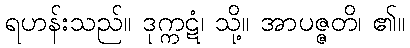
ရဟန်းသည်။ ဒုက္ကဋံ၊ သို့။ အာပဇ္ဇတိ၊ ၏။